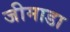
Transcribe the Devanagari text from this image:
जीमाडा